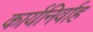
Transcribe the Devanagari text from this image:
कार्यनिर्वाह